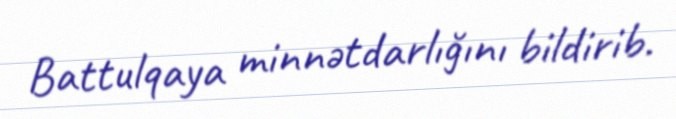
Battulqaya minnətdarlığını bildirib.